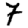
Digit: 7